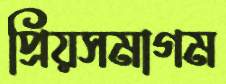
প্রিয়সমাগম